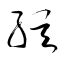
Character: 弦